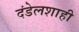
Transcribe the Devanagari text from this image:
दंडेलशाही